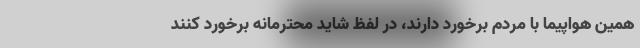
همین هواپیما با مردم برخورد دارند، در لفظ شاید محترمانه برخورد کنند